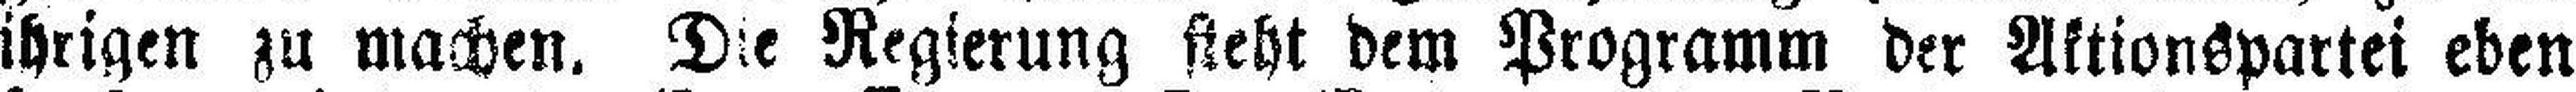
ihrigen zu machen. Die Regierung steht dem Programm der Aktionspartei eben